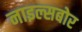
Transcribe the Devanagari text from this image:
नाइल्सबोर